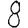
Digit: 8